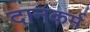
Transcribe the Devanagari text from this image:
दानकर्म